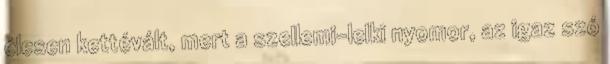
élesen kettévált, mert a szellemi-lelki nyomor, az igaz szó